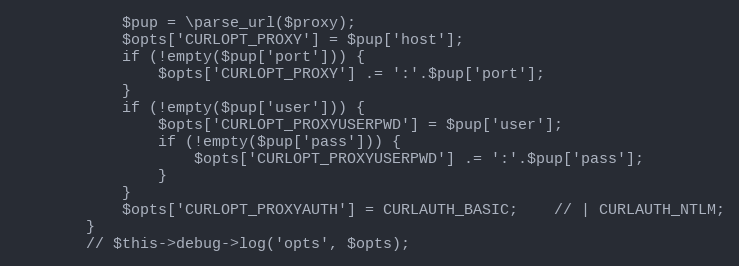
Language: PHP
            $pup = \parse_url($proxy);
            $opts['CURLOPT_PROXY'] = $pup['host'];
            if (!empty($pup['port'])) {
                $opts['CURLOPT_PROXY'] .= ':'.$pup['port'];
            }
            if (!empty($pup['user'])) {
                $opts['CURLOPT_PROXYUSERPWD'] = $pup['user'];
                if (!empty($pup['pass'])) {
                    $opts['CURLOPT_PROXYUSERPWD'] .= ':'.$pup['pass'];
                }
            }
            $opts['CURLOPT_PROXYAUTH'] = CURLAUTH_BASIC;    // | CURLAUTH_NTLM;
        }
        // $this->debug->log('opts', $opts);